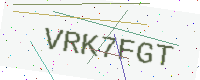
Text: VRK7FGT